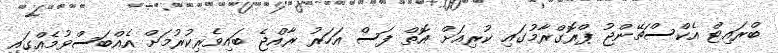
ބްރައިޓް އެކްސްޗޭންޖު ޕްރޮގްރާމުގައި ކުރިއަށް އޮތް ފަސް އަހަރު ރާއްޖެ ބައިވެރިކުރުމަށް އެއްބަސްވުމެއްގައި